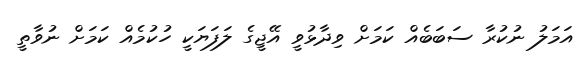
އަމަލު ނުކުރާ ސަބަބެއް ކަމަށް ވިދާޅުވީ އޭޖީގެ ލަފަޔަކީ ހުކުމެއް ކަމަށް ނުވާތީ